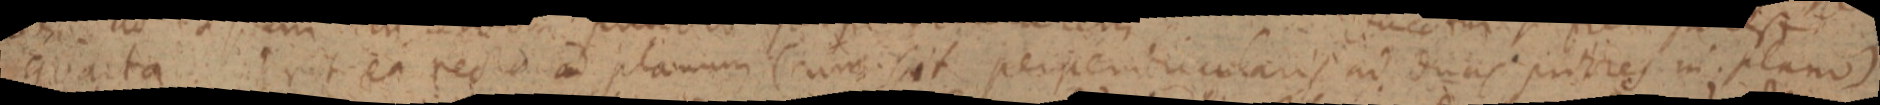
quarta ea recta ad planum (cum sit perpendicularis ad duas partes in plano)